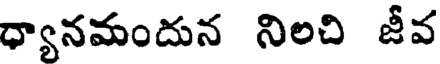
ధ్యానమందున నిలచి జీవ